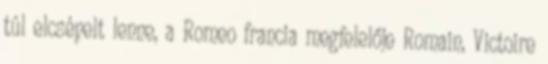
túl elcsépelt lenne, a Romeo francia megfelelője Romain, Victoire